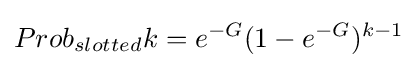
Prob_{slotted}k=e^{-G}(1-e^{-G})^{k-1}